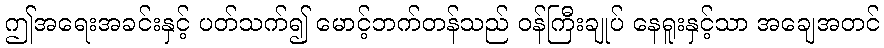
ဤအရေးအခင်းနှင့် ပတ်သက်၍ မောင့်ဘက်တန်သည် ဝန်ကြီးချုပ် နေရူးနှင့်သာ အချေအတင်